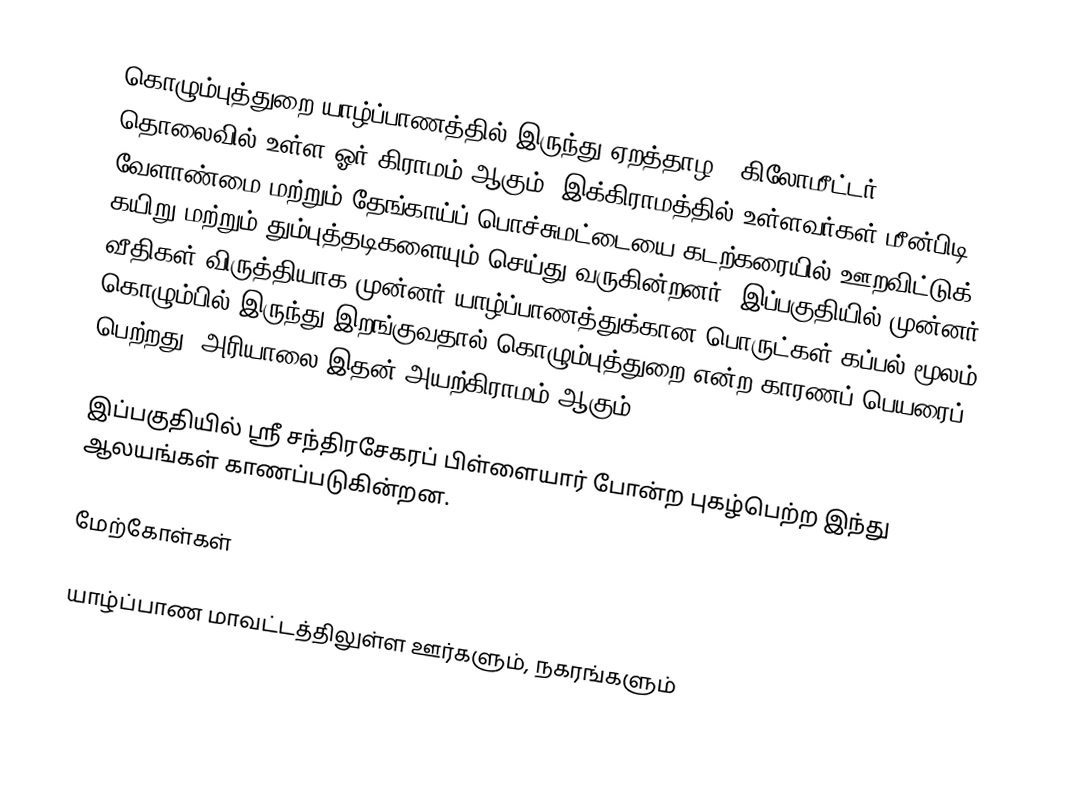
கொழும்புத்துறை யாழ்ப்பாணத்தில் இருந்து ஏறத்தாழ 3 கிலோமீட்டர் தொலைவில் உள்ள ஓர் கிராமம் ஆகும். இக்கிராமத்தில் உள்ளவர்கள் மீன்பிடி, வேளாண்மை மற்றும் தேங்காய்ப் பொச்சுமட்டையை கடற்கரையில் ஊறவிட்டுக் கயிறு மற்றும் தும்புத்தடிகளையும் செய்து வருகின்றனர். இப்பகுதியில் முன்னர் வீதிகள் விருத்தியாக முன்னர் யாழ்ப்பாணத்துக்கான பொருட்கள் கப்பல் மூலம் கொழும்பில் இருந்து இறங்குவதால் கொழும்புத்துறை என்ற காரணப் பெயரைப் பெற்றது. அரியாலை இதன் அயற்கிராமம் ஆகும்.

இப்பகுதியில் ஸ்ரீ சந்திரசேகரப் பிள்ளையார் போன்ற புகழ்பெற்ற இந்து ஆலயங்கள் காணப்படுகின்றன.

மேற்கோள்கள்

யாழ்ப்பாண மாவட்டத்திலுள்ள ஊர்களும், நகரங்களும்